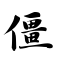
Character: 僵